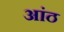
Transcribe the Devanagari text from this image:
आंठ